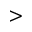
>